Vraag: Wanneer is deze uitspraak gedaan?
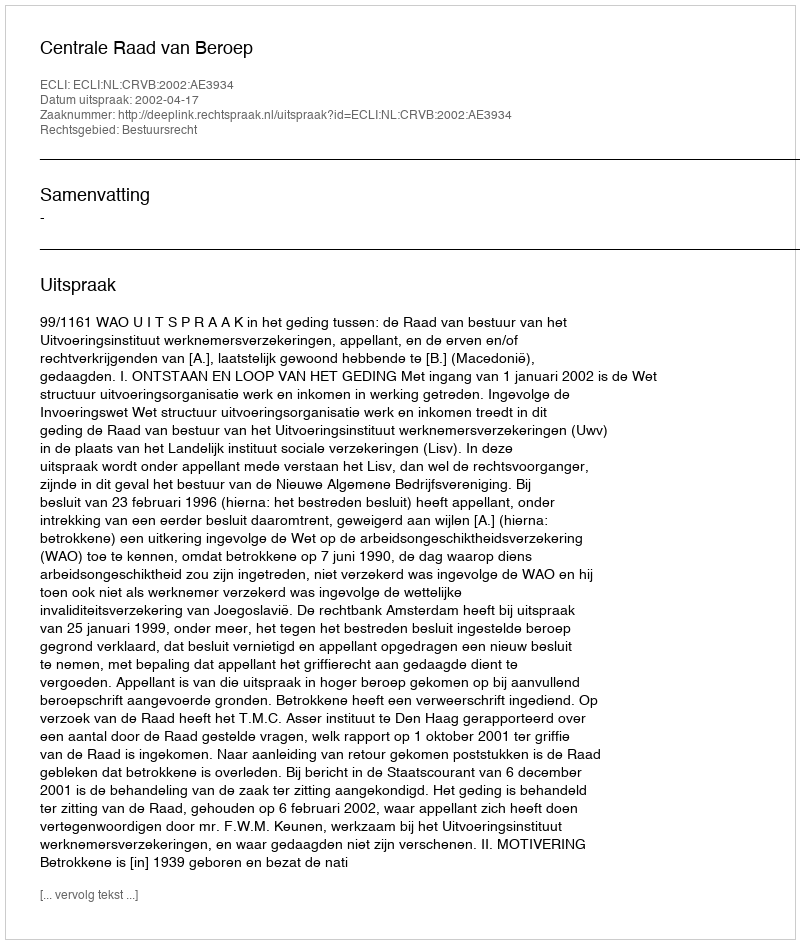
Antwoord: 2002-04-17